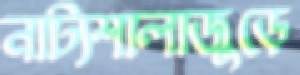
নাট্যশালাজুড়ে